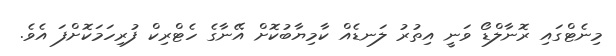
މިނެޓްގައި ރޮނާލްޑޯ ވަނީ އިތުރު ލަނޑެއް ކާމިޔާބުކޮށް އޭނާގެ ހެޓްރިކް ފުރިހަމަކޮށްފަ އެވެ.